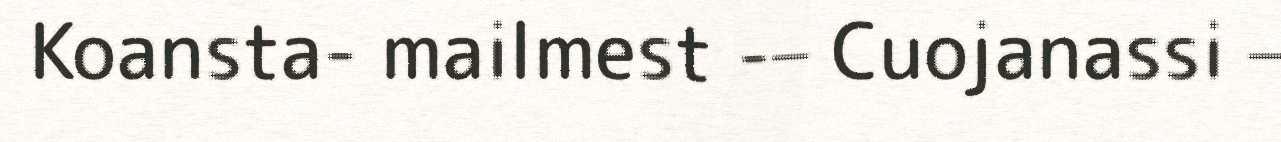
Koansta- mailmest -– Cuojanassi –